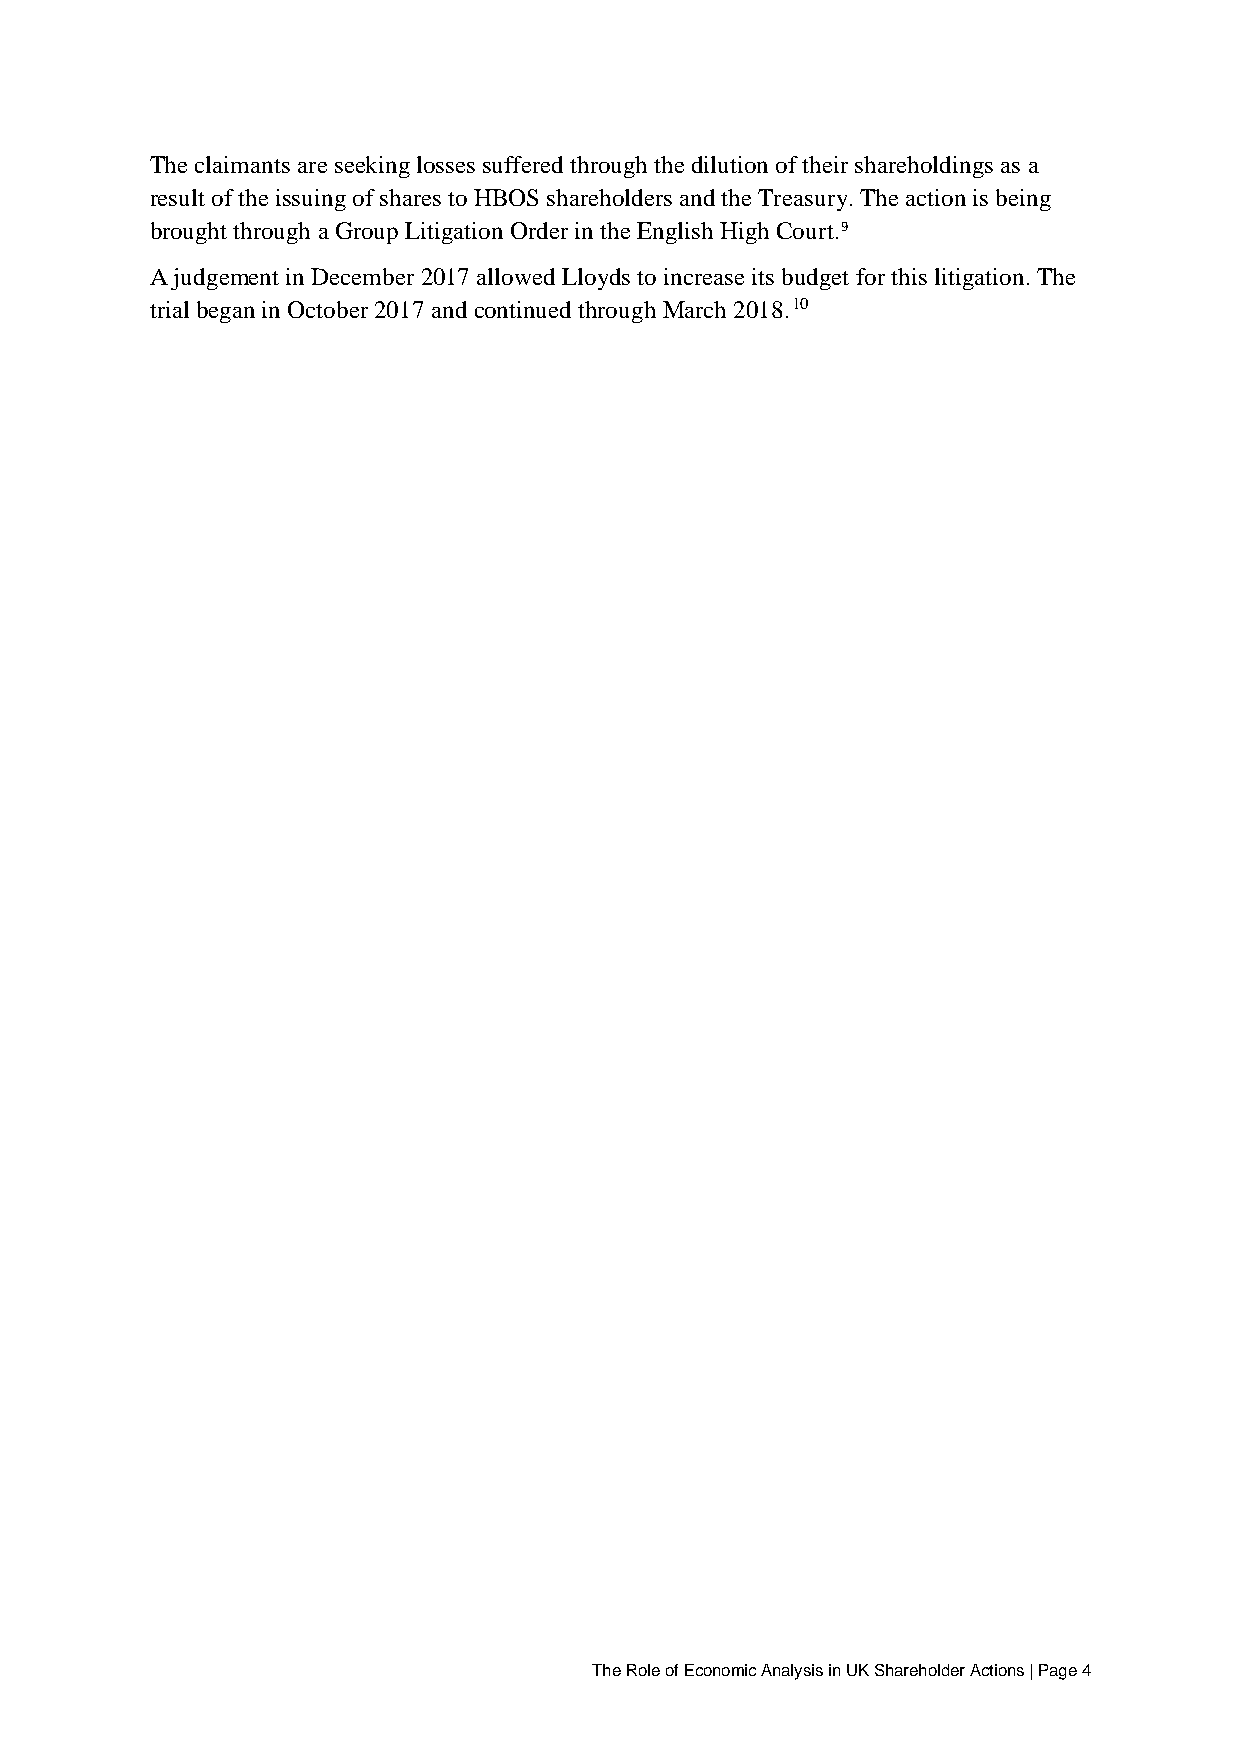
The claimants are seeking losses suffered through the dilution of their shareholdings as a
 result of the issuing of shares to HBOS shareholders and the Treasury. The action is being
 brought through a Group Litigation Order in the English High Court.9
 A judgement in December 2017 allowed Lloyds to increase its budget for this litigation. The
 trial began in October 2017 and continued through March 2018.10
 The Role of Economic Analysis in UK Shareholder Actions | Page 4